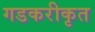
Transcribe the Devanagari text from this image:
गडकरीकृत